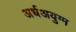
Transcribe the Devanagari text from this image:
अर्धअयुग्म